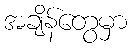
အချိန်တွေမှာ